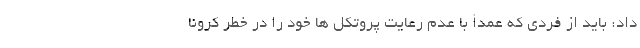
داد: باید از فردی که عمدأ با عدم رعایت پروتکل ها خود را در خطر کرونا